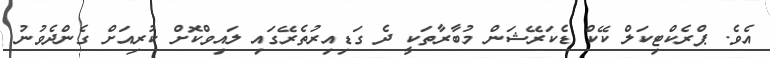
އެވެ. ޕްރެކްޓިކަލް ކޭކް ޑެކަރޭޝަން މުބާރާތަކީ ދެ ގަޑިއިރުތެރޭގައި ލައިވްކޮށް ކުރިއަށް ގެންދެވުނު